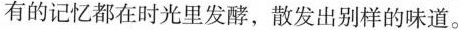
有的记忆都在时光里发酵，散发出别样的味道。